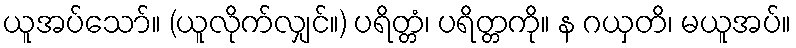
ယူအပ်သော်။ (ယူလိုက်လျှင်။) ပရိတ္တံ၊ ပရိတ္တကို။ န ဂယှတိ၊ မယူအပ်။